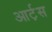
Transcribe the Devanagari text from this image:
आर्ट़स